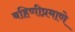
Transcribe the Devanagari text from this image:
बहिणीप्रमाणे